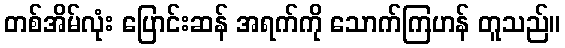
တစ်အိမ်လုံး ပြောင်းဆန် အရက်ကို သောက်ကြဟန် တူသည်။